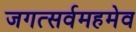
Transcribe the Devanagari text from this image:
जगत्सर्वमहमेव